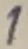
Text: 1